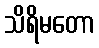
သိရိမတော